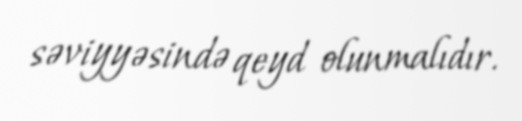
səviyyəsində qeyd olunmalıdır.